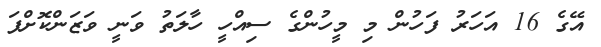
އޭގެ 16 އަހަރު ފަހުން މި މީހުންގެ ސިއްހީ ހާލަތު ވަނީ ވަޒަންކޮށްފަ